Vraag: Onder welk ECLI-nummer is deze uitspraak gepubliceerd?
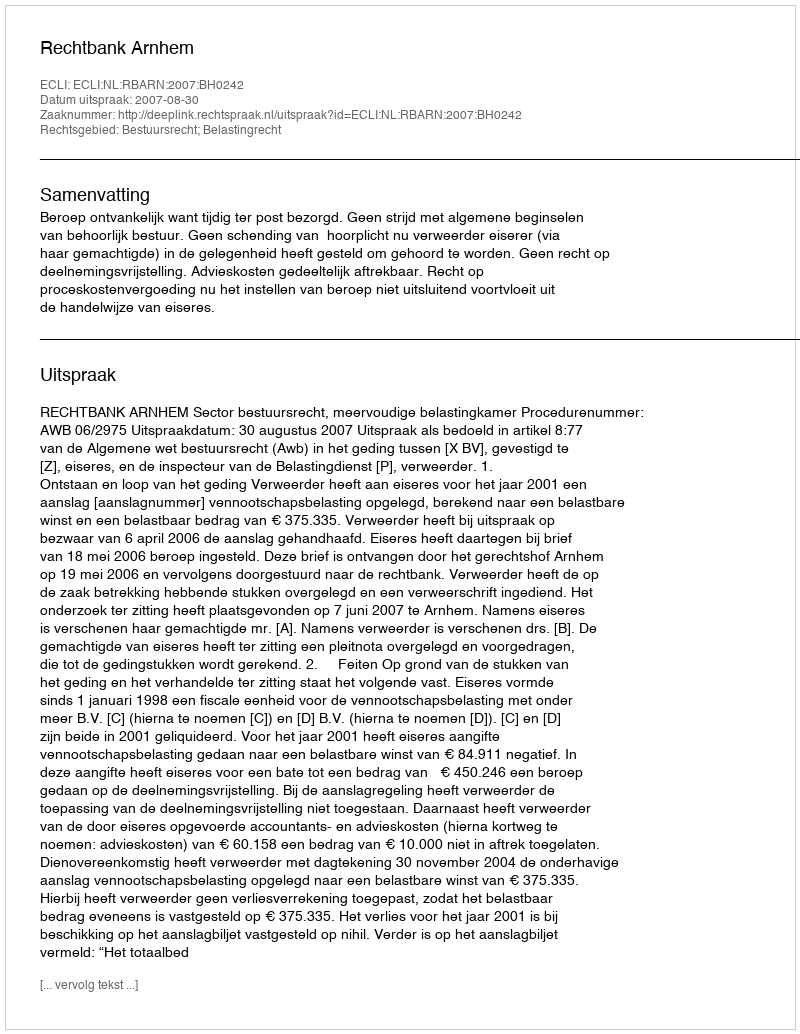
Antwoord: ECLI:NL:RBARN:2007:BH0242